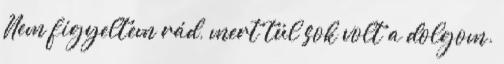
Nem figyeltem rád, mert túl sok volt a dolgom.